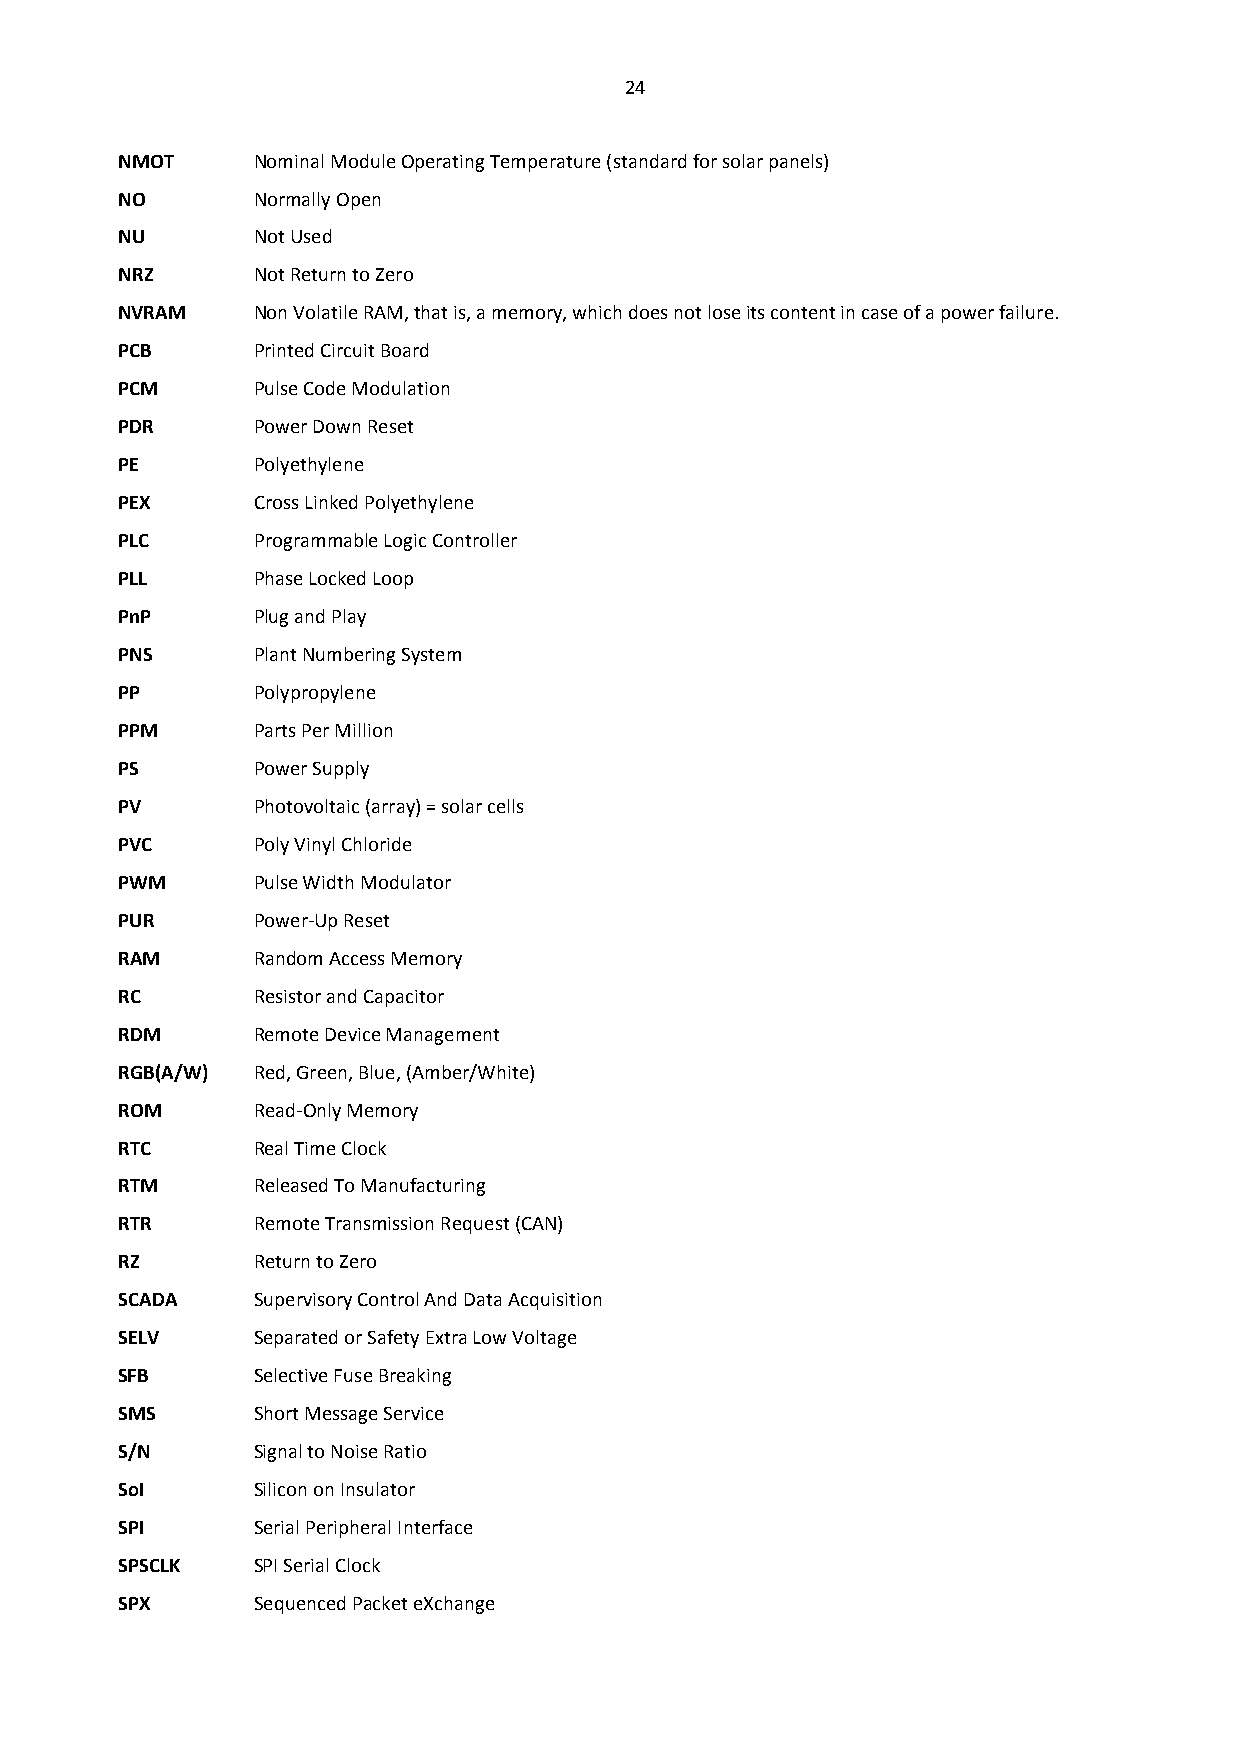
24
 NMOT     Nominal Module Operating Temperature (standard for solar panels)
 NO       Normally Open
 NU       Not Used
 NRZ      Not Return to Zero
 NVRAM    Non Volatile RAM, that is, a memory, which does not lose its content in case of a power failure.
 PCB      Printed Circuit Board
 PCM      Pulse Code Modulation
 PDR      Power Down Reset
 PE       Polyethylene
 PEX      Cross Linked Polyethylene
 PLC      Programmable Logic Controller
 PLL      Phase Locked Loop
 PnP      Plug and Play
 PNS      Plant Numbering System
 PP       Polypropylene
 PPM      Parts Per Million
 PS       Power Supply
 PV       Photovoltaic (array) = solar cells
 PVC      Poly Vinyl Chloride
 PWM      Pulse Width Modulator
 PUR      Power-Up Reset
 RAM      Random Access Memory
 RC       Resistor and Capacitor
 RDM      Remote Device Management
 RGB(A/W) Red, Green, Blue, (Amber/White)
 ROM      Read-Only Memory
 RTC      Real Time Clock
 RTM      Released To Manufacturing
 RTR      Remote Transmission Request (CAN)
 RZ       Return to Zero
 SCADA    Supervisory Control And Data Acquisition
 SELV     Separated or Safety Extra Low Voltage
 SFB      Selective Fuse Breaking
 SMS      Short Message Service
 S/N      Signal to Noise Ratio
 SoI      Silicon on Insulator
 SPI      Serial Peripheral Interface
 SPSCLK   SPI Serial Clock
 SPX      Sequenced Packet eXchange